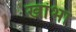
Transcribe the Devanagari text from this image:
खांभा